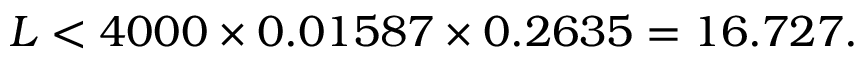
L < 4 0 0 0 \times 0 . 0 1 5 8 7 \times 0 . 2 6 3 5 = 1 6 . 7 2 7 .